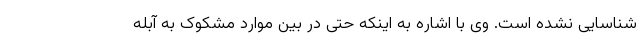
شناسایی نشده است. وی با اشاره به اینکه حتی در بین موارد مشکوک به آبله